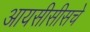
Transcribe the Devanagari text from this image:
आयसीसीसचे